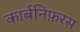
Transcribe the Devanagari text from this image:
कार्बनिफ़रस